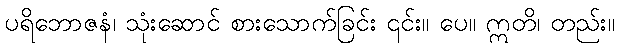
ပရိဘောဇနံ၊ သုံးဆောင် စားသောက်ခြင်း ၎င်း။ ပေ။ ဣတိ၊ တည်း။